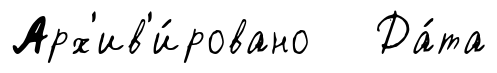
Арх'ив'и́ровано Да́та